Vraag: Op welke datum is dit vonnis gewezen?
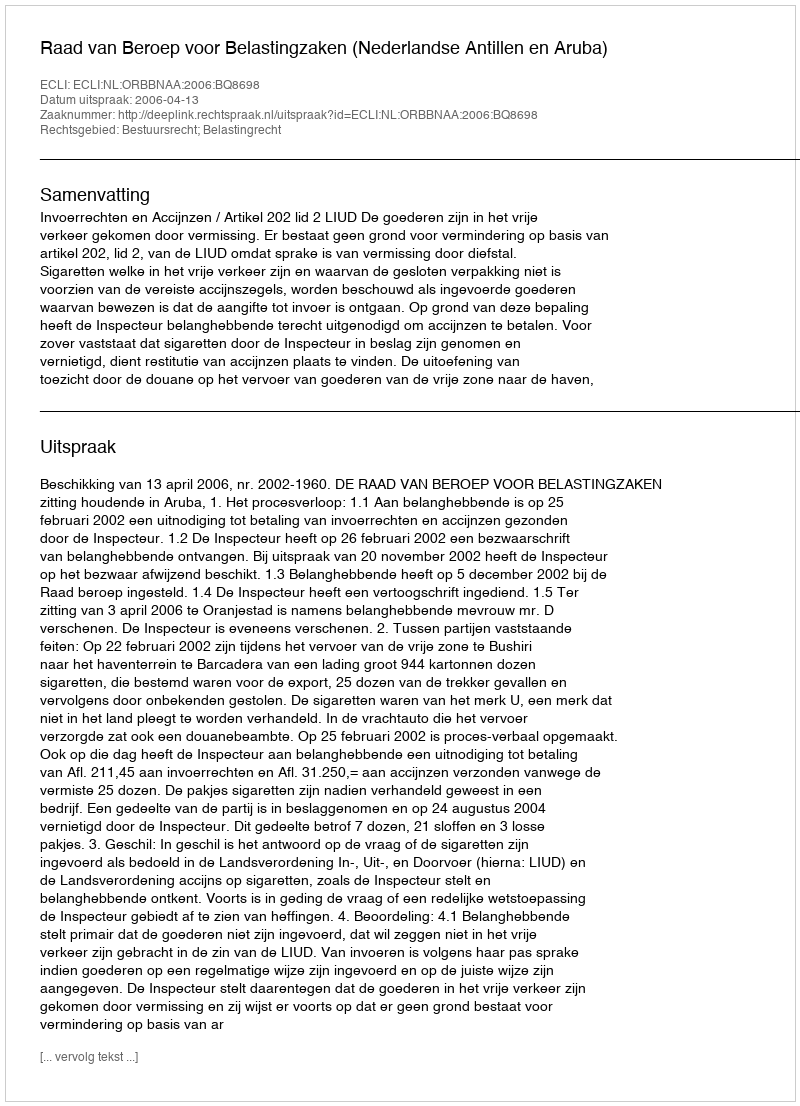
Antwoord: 2006-04-13